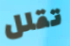
تقلل